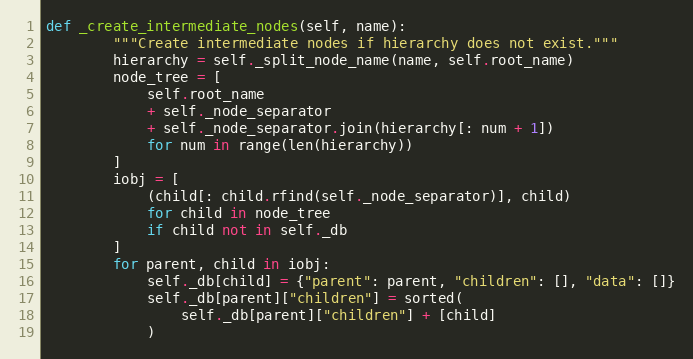
Language: Python
def _create_intermediate_nodes(self, name):
        """Create intermediate nodes if hierarchy does not exist."""
        hierarchy = self._split_node_name(name, self.root_name)
        node_tree = [
            self.root_name
            + self._node_separator
            + self._node_separator.join(hierarchy[: num + 1])
            for num in range(len(hierarchy))
        ]
        iobj = [
            (child[: child.rfind(self._node_separator)], child)
            for child in node_tree
            if child not in self._db
        ]
        for parent, child in iobj:
            self._db[child] = {"parent": parent, "children": [], "data": []}
            self._db[parent]["children"] = sorted(
                self._db[parent]["children"] + [child]
            )